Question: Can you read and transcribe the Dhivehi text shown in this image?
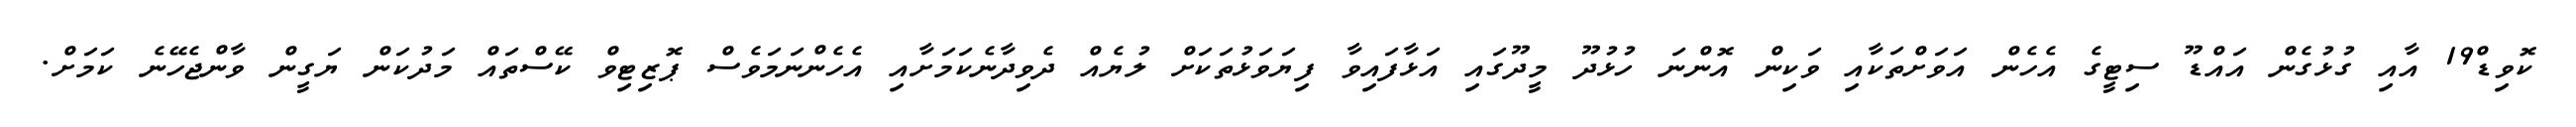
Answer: ކޮވިޑް19 އާއި ގުޅުގެން އައްޑޫ ސިޓީގެ އެހެން އަވަށްތަކާއި ވަކިން އޮންނަ ހުޅުދޫ މީދޫގައި އަޅާފައިވާ ފިޔަވަޅުތަކަށް ލުޔެއް ދެވިދާނެކަމަށާއި އެހެންނަމަވެސް ޕޮޒިޓިވް ކޭސްތައް މަދުކަން ޔަގީން ވާންޖެހޭނެ ކަމަށް.